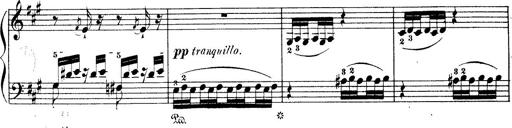
Title: Wagner-Liszt Album
Composer: Franz Liszt